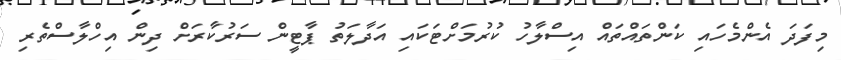
މިފަދަ އެންމެހައި ކަންތައްތައް އިސްލާހު ކުރުމަށްޓަކައި އަދާލަތު ޕާޓީން ސަރުކާރަށް ދިން އިހްލާސްތެރި